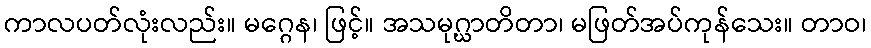
ကာလပတ်လုံးလည်း။ မဂ္ဂေန၊ ဖြင့်။ အသမုဂ္ဃာတိတာ၊ မဖြတ်အပ်ကုန်သေး။ တာဝ၊